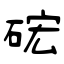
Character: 硡